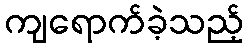
ကျရောက်ခဲ့သည့်